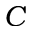
C